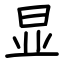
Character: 显